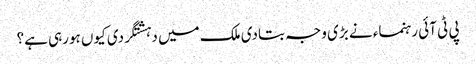
پی ٹی آئی رہنماء نے بڑی وجہ بتادی	ملک میں دہشتگردی کیوں ہورہی ہے؟